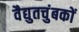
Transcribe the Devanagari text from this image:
वैद्युतचुंबकों